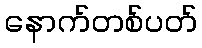
နောက်တစ်ပတ်